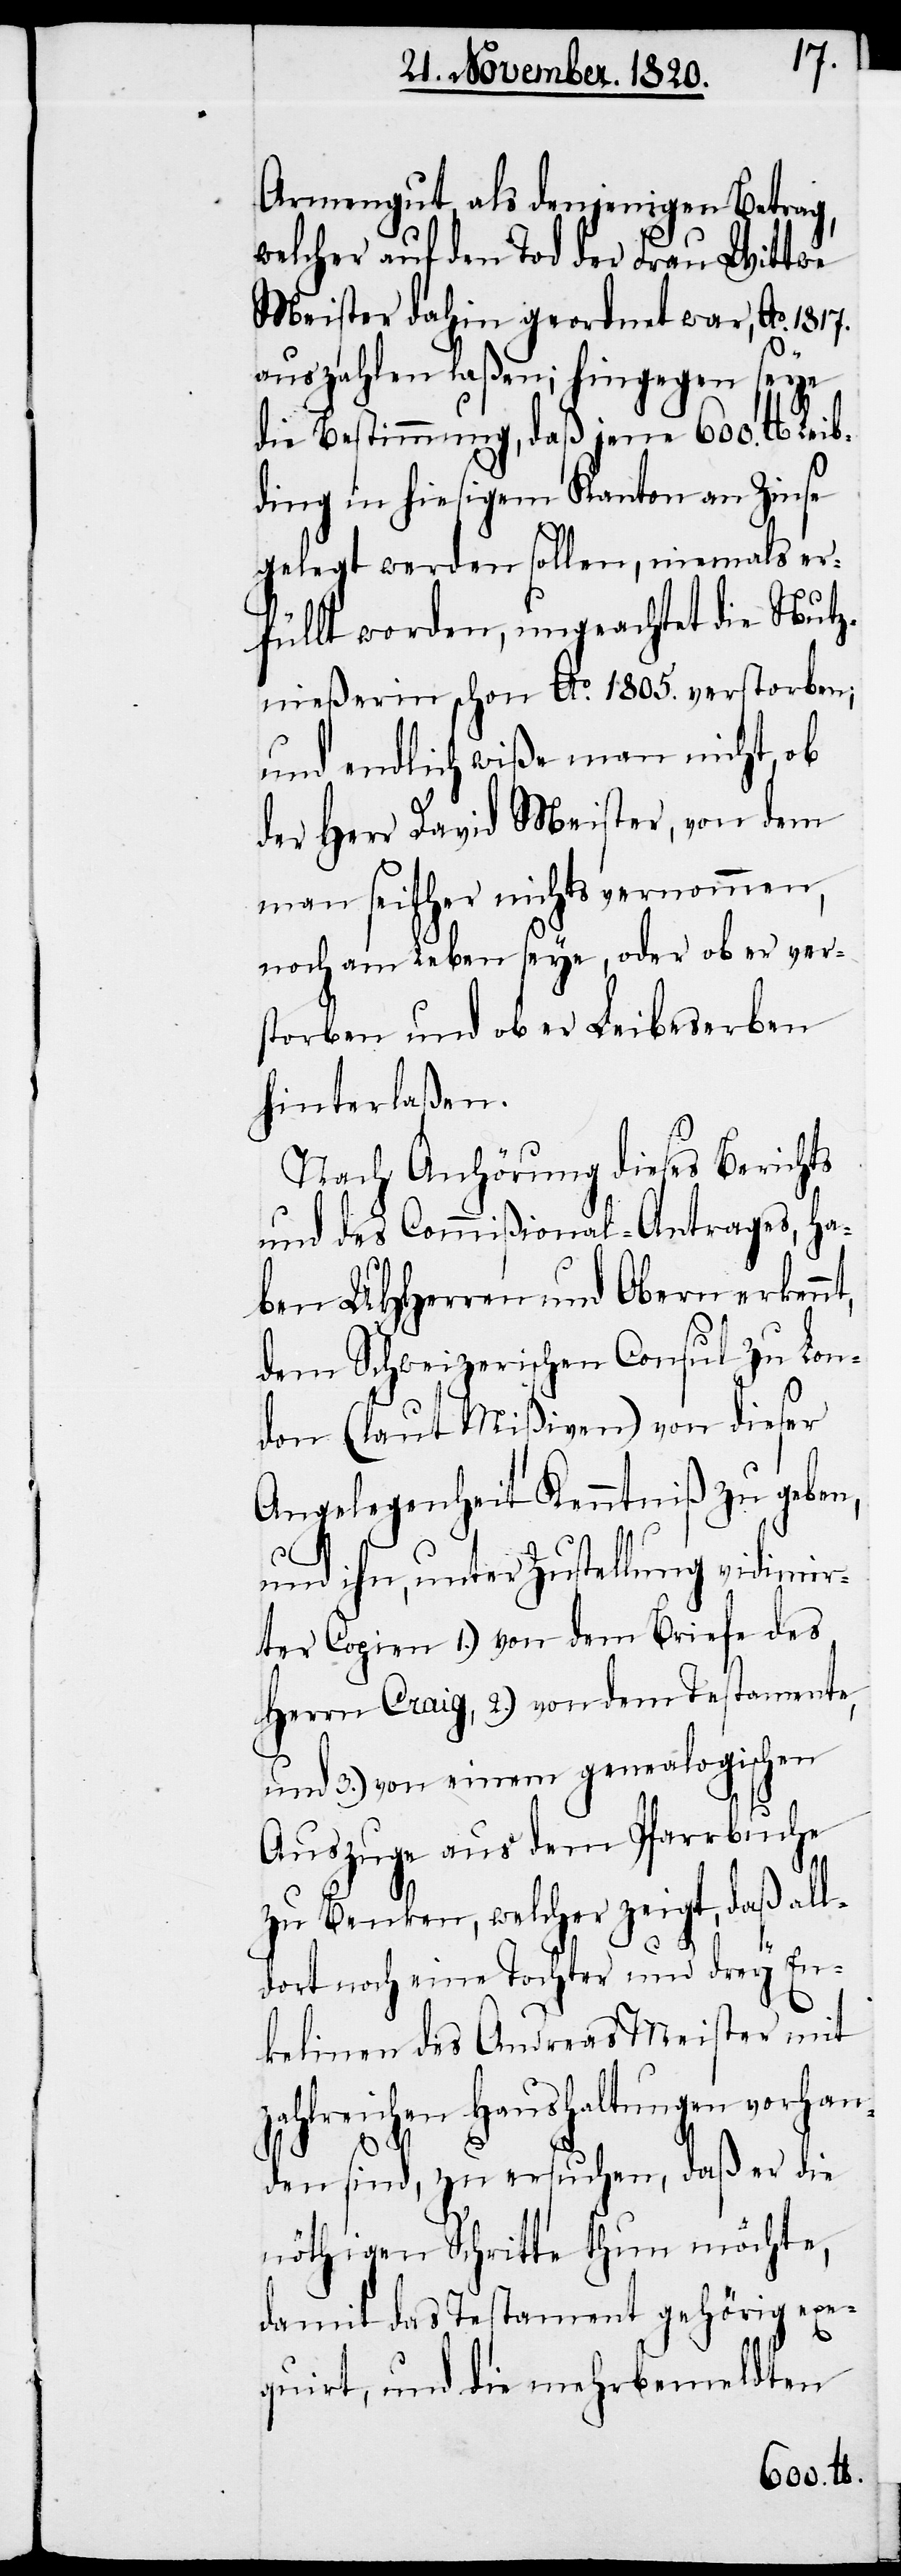
Armengut, als denjenigen Betrag,
welcher auf den Tod der Frau Wittwe
Meister dahin geordnet war, Ao. 1817.
auszahlen laßen; hingegen seye
die Bestimmung, daß jene 600. lb Lei¬
bding in hiesigem Kanton an Zinse
gelegt werden sollen, niemals er¬
füllt worden, ungeachtet die Nutz¬
nießerin schon Ao. 1805. verstorben;
und endlich wiße man nicht, ob
der Herr David Meister, von dem
man seither nichts vernommen,
noch am Leben seye, oder ob er ver¬
storben und ob er Leibeserben
hinterlaßen.
Nach Anhörung diese Berichts
und des Commißional-Antrages, ha¬
ben UHherren und Obern erkenn¬
dem Schweizerischen Consul zu Lon¬
don (laut Mißiven) von dieser
Angelegenheit Kenntniß zu geben,
und ihn unter Zustellung vidimir¬
ter Copien 1.) von dem Briefe des
Herrn Craig, 2.) von dem Testamente,
und 3.) von einem genealogischen
Auszuge aus dem Pfarrbuche
zu Benken, welcher zeigt, daß all¬
dort noch eine Tochter und drey En¬
kelinnen des Andreas Meister mit
zahlreichen Haushaltungen vorhan¬
t,
den sind, zu ersuchen, daß er die
nöthigen Schritte thun möchte,
damit das Testament gehörig exe¬
quirt, und die mehrbemeldten